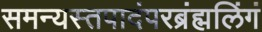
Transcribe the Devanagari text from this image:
समन्यस्तपादंपरब्रंह्मलिंगं